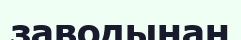
заводынан